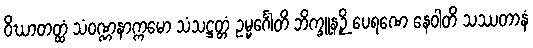
ဝိဃာတတ္ထံ သံဝဏ္ဏနာက္ကမော သံသဋ္ဌတ္တံ ဥမ္မင်္ဂေါတိ ဘိက္ခူနဉှိ ပေရဏေ နေဝါတိ သဿတာနံ